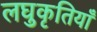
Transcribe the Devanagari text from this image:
लघुकृतियाँ